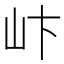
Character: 𪨨